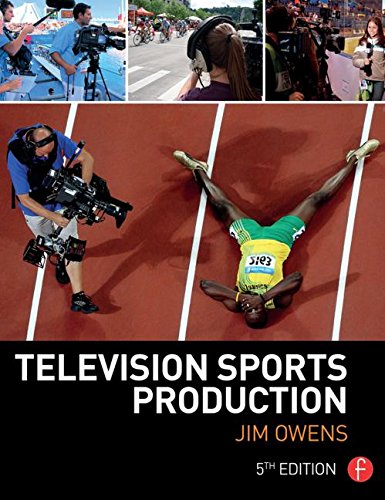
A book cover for Television Sports Production; Jim Owens; Humor & Entertainment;